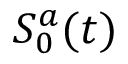
S _ { 0 } ^ { a } ( t )